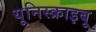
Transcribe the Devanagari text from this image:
यूनिस्क्राइबू